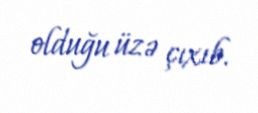
olduğu üzə çıxıb.